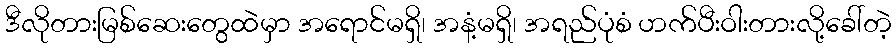
ဒီလိုတားမြစ်ဆေးတွေထဲမှာ အရောင်မရှိ၊ အနံ့မရှိ၊ အရည်ပုံစံ ဟက်ပီးဝါးတားလို့ခေါ်တဲ့